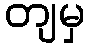
တျမှ